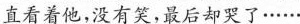
直看着他，没有笑，最后却哭了……